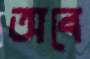
অবে